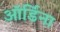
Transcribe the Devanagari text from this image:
ऑर्डिना